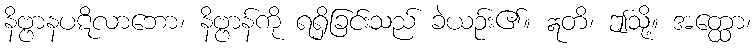
နိဗ္ဗာနပဋိလာဘော၊ နိဗ္ဗာန်ကို ရရှိခြင်းသည် ခဲယဉ်း၏။ ဣတိ၊ ဤသို့။ အတ္ထော၊